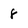
Character: 8